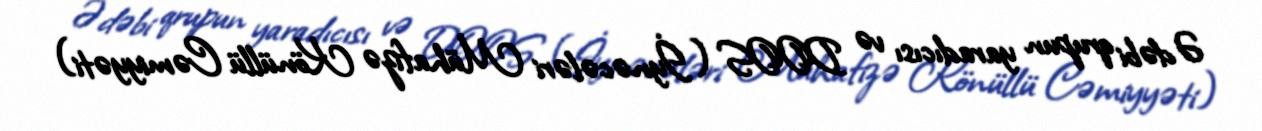
Ədəbi qrupun yaradıcısı və DOOS (İynəcələri Mühafizə Könüllü Cəmiyyəti)